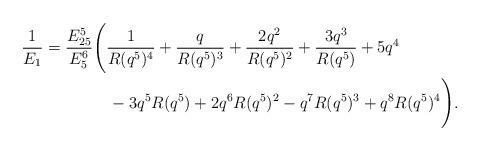
LaTeX: \begin{align*}\dfrac{1}{E_{1}} &=\dfrac{E_{25}^{5}}{E_{5}^{6}}\Bigg(\dfrac{1}{R(q^{5})^{4}}+\dfrac{q}{R(q^{5})^{3}}+\dfrac{2q^{2}}{R(q^{5})^{2}}+\dfrac{3q^{3}}{R(q^{5})}+5q^{4}\\ &\quad\quad\quad\quad-3q^{5}R(q^{5})+2q^{6}R(q^{5})^{2}-q^{7}R(q^{5})^{3}+q^{8}R(q^{5})^{4}\Bigg).\end{align*}